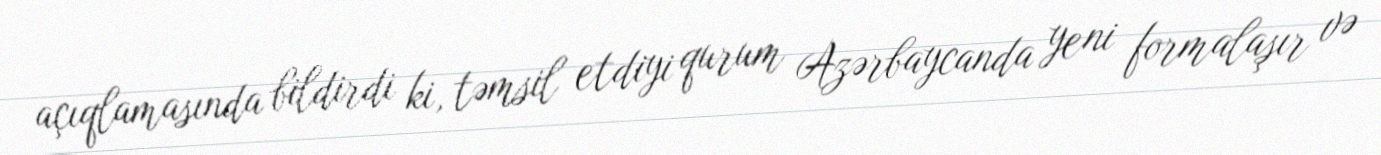
açıqlamasında bildirdi ki, təmsil etdiyi qurum Azərbaycanda yeni formalaşır və